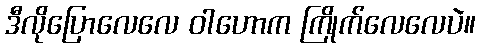
ဒီလိုပြောလေလေ ဝါဟောက ကြိုက်လေလေပဲ။